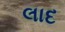
લાદ